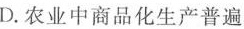
D. 农业中商品化生产普遍